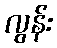
လွန်း